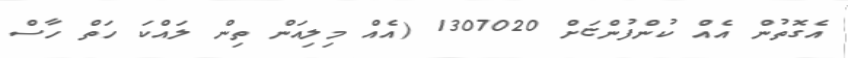
އެގޮތުން އެއް ކުންފުންޏަށް 1307020 (އެއް މިލިއަން ތިން ލައްކަ ހަތް ހާސް